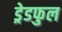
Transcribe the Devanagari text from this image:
ड्रेडफुल